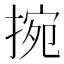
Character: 捥